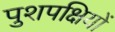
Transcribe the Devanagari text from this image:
पुशपक्षियों